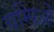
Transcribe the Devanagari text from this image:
चम्पिओं